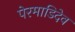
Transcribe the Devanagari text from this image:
पेरमाडिदेव